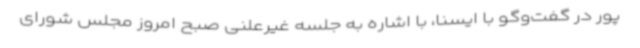
پور در گفت‌وگو با ایسنا، با اشاره به جلسه غیرعلنی صبح امروز مجلس شورای